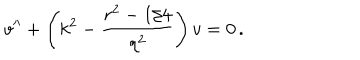
v ^ { \prime \prime } + \left( k ^ { 2 } - { \frac { r ^ { 2 } - 1 / 4 } { \eta ^ { 2 } } } \right) v = 0 \, .